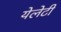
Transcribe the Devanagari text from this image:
येलेटी